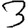
Digit: 3